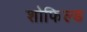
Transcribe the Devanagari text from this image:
शोफिल्ड